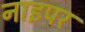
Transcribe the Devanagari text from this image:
नाइपर